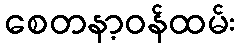
စေတနာ့ဝန်ထမ်း